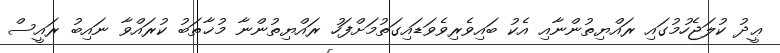
ޢީދު ކުލަޖެހުމުގައި ރައްޔިތުންނާއި އެކު ބައިވެރިވެވަޑައިގަތުމަށްފަހު ރައްޔިތުންނާ މުޚާތަބު ކުރައްވާ ނައިބު ރައީސް